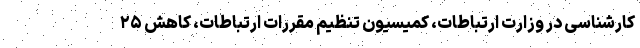
کارشناسی در وزارت ارتباطات، کمیسیون تنظیم مقررات ارتباطات، کاهش ۲۵